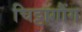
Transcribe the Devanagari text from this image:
चिट्टागौंग